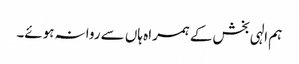
ہم الہی بخش کے ہمراہ ہاں سے روانہ ہوئے۔